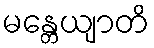
မန္တေယျာတိ